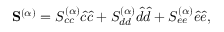
\mathbf { S } ^ { ( \alpha ) } = S _ { c c } ^ { ( \alpha ) } \hat { c } \hat { c } + S _ { d d } ^ { ( \alpha ) } \hat { d } \hat { d } + S _ { e e } ^ { ( \alpha ) } \hat { e } \hat { e } ,